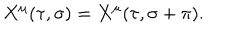
X ^ { \mu } ( \tau , \sigma ) = X ^ { \mu } ( \tau , \sigma + \pi ) .